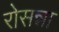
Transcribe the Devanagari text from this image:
रोसन्ना